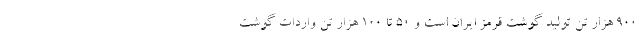
۹۰۰ هزار تن تولید گوشت قرمز ایران است و ۵۰ تا ۱۰۰ هزار تن واردات گوشت